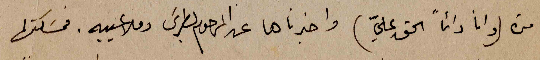
مرّه (وانا دائماً الحق عليّ) واخبرناها عن المرحوم بطرس وملاعيبه. فمسَكتها